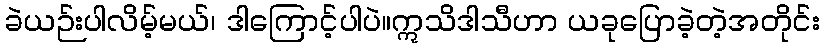
ခဲယဉ်းပါလိမ့်မယ်၊ ဒါကြောင့်ပါပဲ။ဣသိဒါသီဟာ ယခုပြောခဲ့တဲ့အတိုင်း